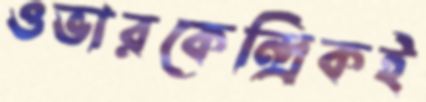
ওভারকেন্দ্রিকই